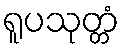
ရူပသုတ္တံ